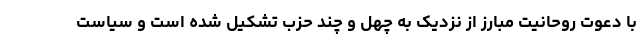
با دعوت روحانیت مبارز از نزدیک به چهل و چند حزب تشکیل شده است و سیاست